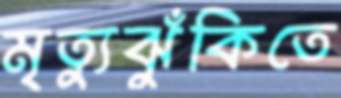
মৃত্যুঝুঁকিতে